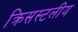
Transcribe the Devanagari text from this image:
क्रिसस्टलीय